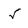
Character: 5